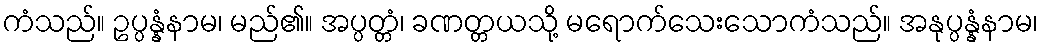
ကံသည်။ ဥပ္ပန္နံနာမ၊ မည်၏။ အပ္ပတ္တံ၊ ခဏတ္တယသို့ မရောက်သေးသောကံသည်။ အနုပ္ပန္နံနာမ၊